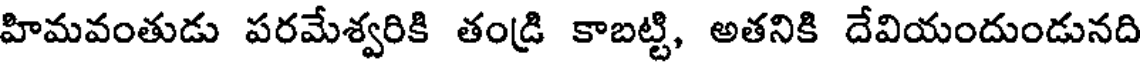
హిమవంతుడు పరమేశ్వరికి తండ్రి కాబట్టి, అతనికి దేవియందుండునది